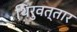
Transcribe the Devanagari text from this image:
थिरुवत्तार